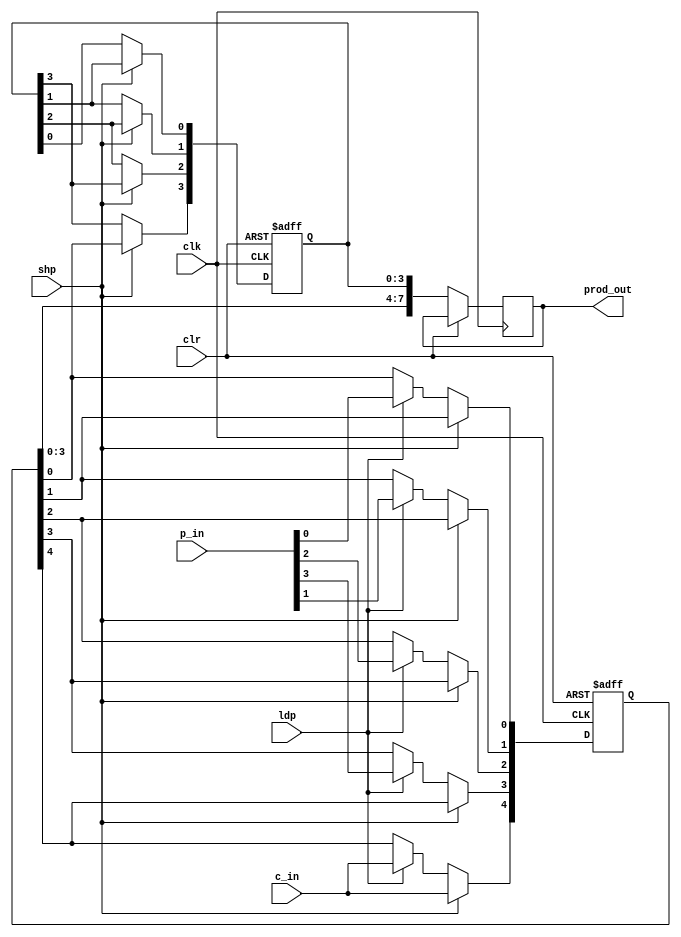
`timescale 1ns / 1ps
//////////////////////////////////////////////////////////////////////////////////
// Company: 
// Engineer: 
// 
// Design Name: 
// Module Name: prod
// Project Name: 
// Target Devices: 
// Tool Versions: 
// Description: 
// 
// Dependencies: 
// 
// Revision:
// Revision 0.01 - File Created
// Additional Comments:
// 
//////////////////////////////////////////////////////////////////////////////////


module prod(clk, shp, ldp, clr, c_in, p_in, prod_out);
input clk, shp, ldp, clr, c_in;
input [3:0] p_in;
output [7:0] prod_out;
reg [4:0] shiftph;
reg [3:0] shiftpl;
reg [7:0] prod_out;

always @ (posedge clk or posedge clr)
begin 

if(clr == 1)
begin
    shiftph<=5'b00000;
    shiftpl<=4'b0000;
end

else
begin
     if (ldp==1)
        shiftph<={c_in, p_in[3:0]};

     if (shp==1)
        begin
            shiftph[4]<= c_in;
            shiftph[3]<=shiftph[4];
            shiftph[2]<=shiftph[3];
            shiftph[1]<=shiftph[2];
            shiftph[0]<=shiftph[1];
            shiftpl[3]<=shiftph[0];
            shiftpl[2]<=shiftpl[3];
            shiftpl[1]<=shiftpl[2];
            shiftpl[0]<=shiftpl[1];
        end

        prod_out <= {shiftph[3:0], shiftpl[3:0]};
end
end
endmodule